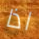
اذا